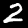
Label: 2